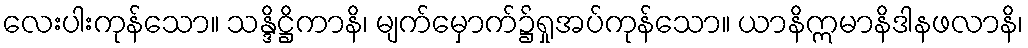
လေးပါးကုန်သော။ သန္ဒိဋ္ဌိကာနိ၊ မျက်မှောက်၌ရှုအပ်ကုန်သော။ ယာနိဣမာနိဒါနဖလာနိ၊